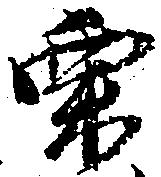
栗